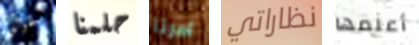
لحوالي حلمنا امرنا نظاراتي أعلمها